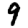
Digit: 9